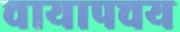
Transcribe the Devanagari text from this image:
चायापचय